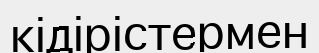
кідірістермен